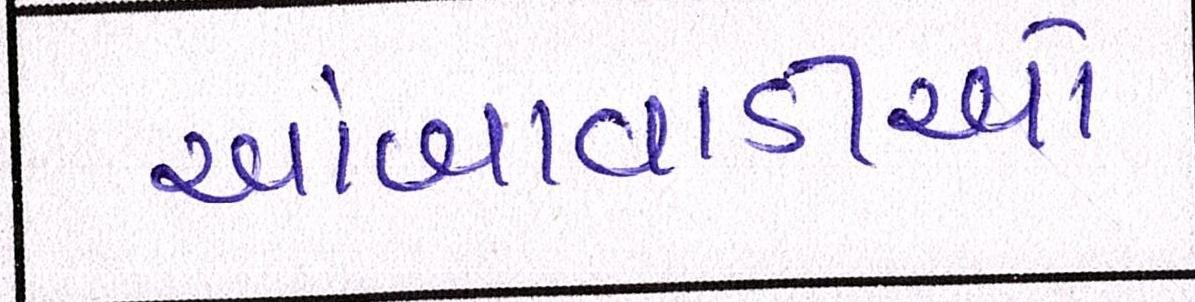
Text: આંબાવાડીમાં